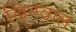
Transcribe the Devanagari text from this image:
खिनवाल